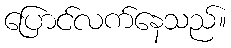
ပြောင်လက်နေသည်။